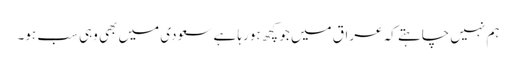
ہم نہیں چاہتے کہ عراق میں جو کچھ ہورہا ہے سعودی میں بھی وہی سب ہو۔